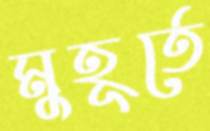
মুহূর্তে